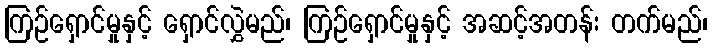
ကြဉ်ရှောင်မှုနှင့် ရှောင်လွှဲမည်၊ ကြဉ်ရှောင်မှုနှင့် အဆင့်အတန်း တက်မည်၊